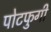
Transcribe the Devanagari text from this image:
पोटफुगी